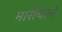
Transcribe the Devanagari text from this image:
मारीचाने